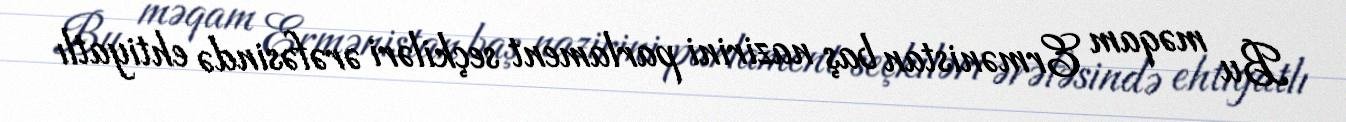
Bu məqam Ermənistan baş nazirini parlament seçkiləri ərəfəsində ehtiyatlı